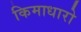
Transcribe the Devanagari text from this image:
किमाधारो